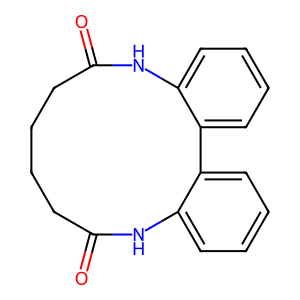
SMILES: O=C1CCCCC(=O)Nc2ccccc2-c2ccccc2N1
Inhibits HIV replication: No